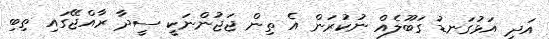
އަދި އަޅުގަނޑު ގަބޫލެއް ނުކުރަން އެ ތިން ޖަޖުންނަކީ ސީދާ ރާއްޖޭގައި ތިބި